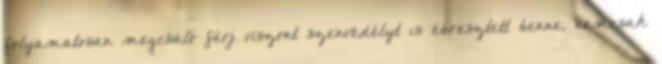
folyamatosan megcsaló férj viszont szenvedélyt is ébresztett benne, nemcsak